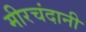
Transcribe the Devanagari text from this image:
मीरचंदानी